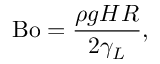
\mathrm { B o } = \frac { \rho g H R } { 2 \gamma _ { L } } ,